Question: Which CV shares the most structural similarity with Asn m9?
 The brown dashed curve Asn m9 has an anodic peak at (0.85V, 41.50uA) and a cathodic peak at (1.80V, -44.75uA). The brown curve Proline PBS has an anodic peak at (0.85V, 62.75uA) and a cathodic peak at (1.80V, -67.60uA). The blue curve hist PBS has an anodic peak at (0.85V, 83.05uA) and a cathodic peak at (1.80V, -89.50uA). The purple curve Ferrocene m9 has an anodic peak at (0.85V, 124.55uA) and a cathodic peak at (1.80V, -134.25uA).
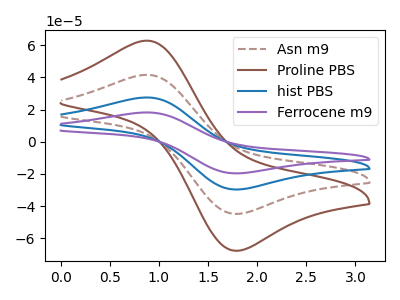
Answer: <think>All the peaks in "Asn m9" have a peak in "Proline PBS" at the same potential. Every peak in "Asn m9" is lower than every peak in "Proline PBS". All the peaks in "Asn m9" have a peak in "hist PBS" at the same potential. Every peak in "Asn m9" is lower than every peak in "hist PBS". All the peaks in "Asn m9" have a peak in "Ferrocene m9" at the same potential. Every peak in "Asn m9" is lower than every peak in "Ferrocene m9". All the peaks in "Proline PBS" have a peak in "hist PBS" at the same potential. Every peak in "Proline PBS" is lower than every peak in "hist PBS". All the peaks in "Proline PBS" have a peak in "Ferrocene m9" at the same potential. Every peak in "Proline PBS" is lower than every peak in "Ferrocene m9". All the peaks in "hist PBS" have a peak in "Ferrocene m9" at the same potential. Every peak in "hist PBS" is lower than every peak in "Ferrocene m9".
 </think>
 <answer>"Asn m9", "hist PBS" and "Ferrocene m9" have a similar shape to "Proline PBS".</answer>
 <eval>"Asn m9" "hist PBS" "Ferrocene m9"</eval>